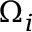
\Omega _ { i }